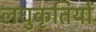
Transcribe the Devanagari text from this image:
लघुकृतियों